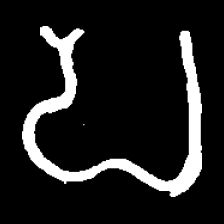
Pyu character \u2014 Myanmar letter: ပ (romanized: pa)